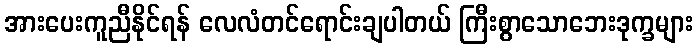
အားပေးကူညီနိုင်ရန် လေလံတင်ရောင်းချပါတယ် ကြီးစွာသောဘေးဒုက္ခများ